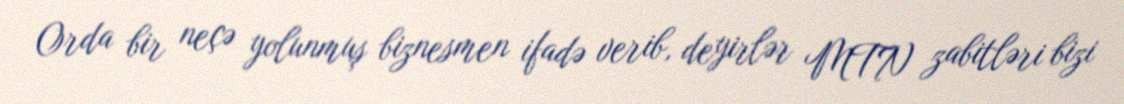
Orda bir neçə yolunmuş biznesmen ifadə verib, deyirlər MTN zabitləri bizi